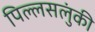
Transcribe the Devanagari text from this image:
पिल्लसलुंकी